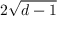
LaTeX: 2 { \sqrt { d - 1 } }